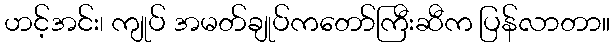
ဟင့်အင်း၊ ကျုပ် အမတ်ချုပ်ကတော်ကြီးဆီက ပြန်လာတာ။